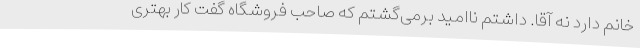
خانم دارد نه آقا. داشتم ناامید برمی‌گشتم که صاحب فروشگاه گفت کار بهتری